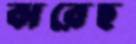
ঝরেছ